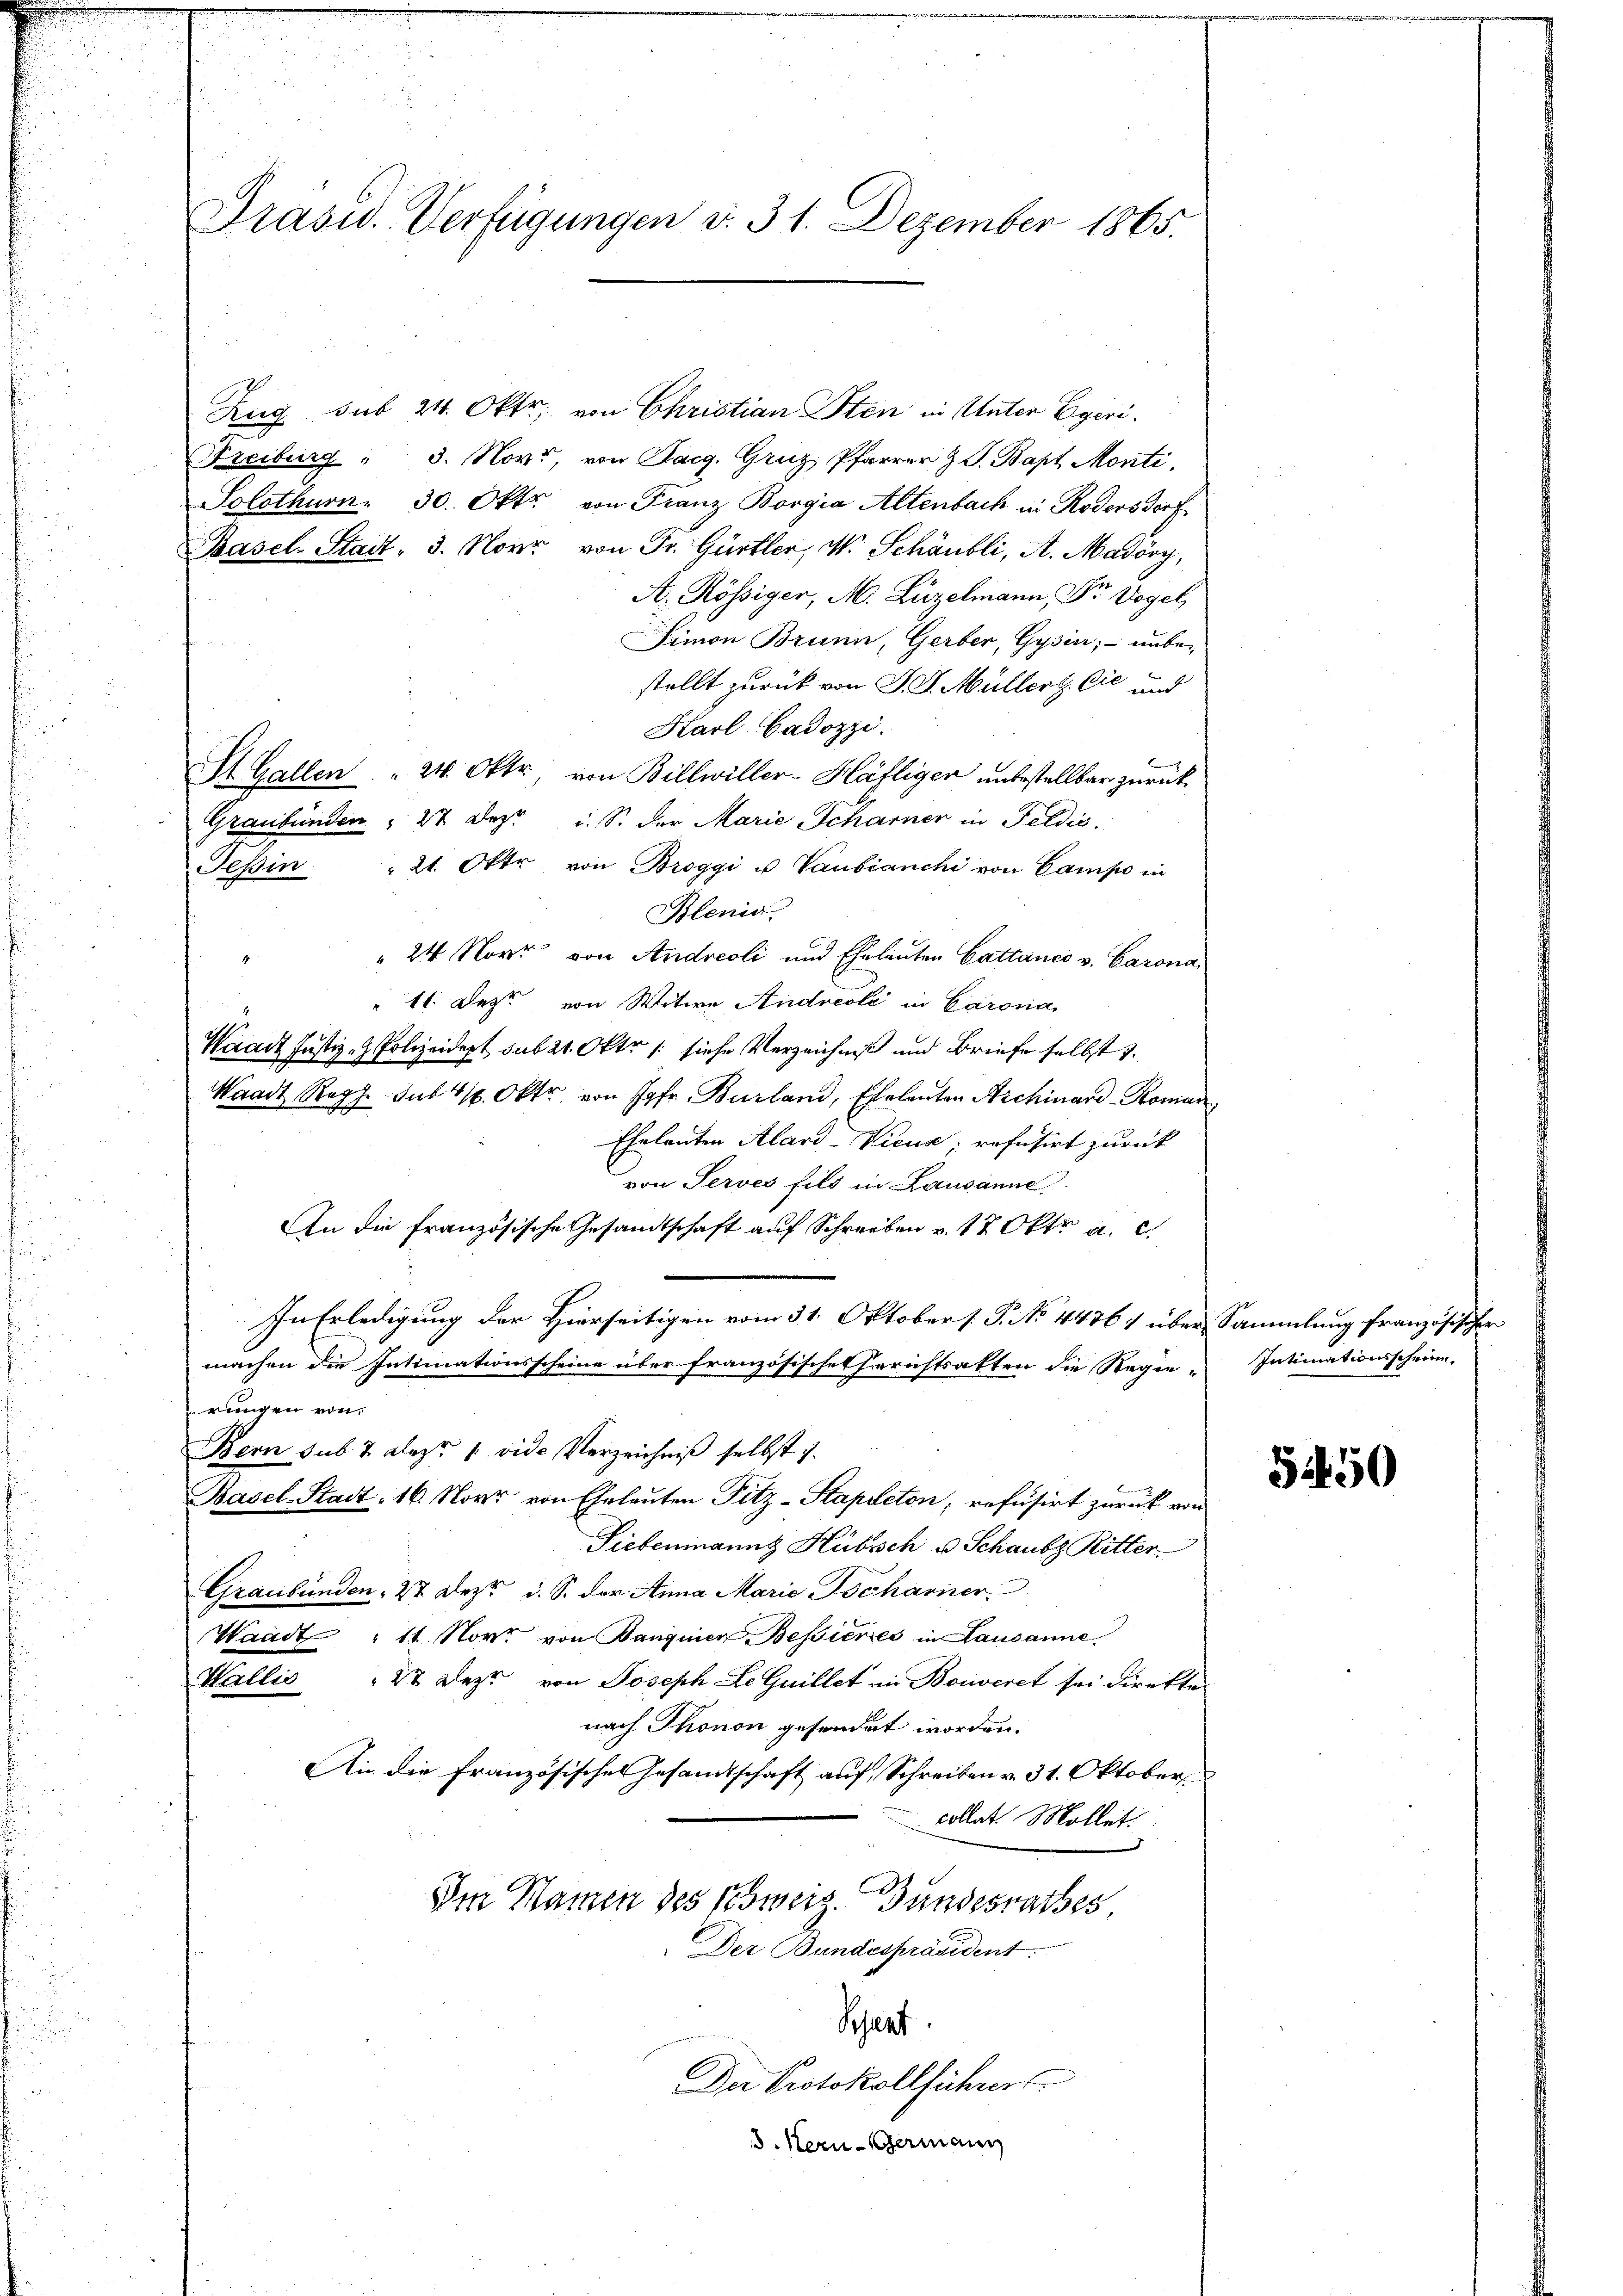
Prasw. Verfügungen v. 31. Dezember 1865.

Zug sub 24. Okt, von Christian Sten in Unter Egeri
Freiburg " 3. Nov., von Sarg. Gruz, Pfarrer & J. Bapt Monti,
Solothurn. 30. Oktr. von Franz Borgia Altenbach in Rödersdorf
Pasel-Stadt, 3. Novr von Fr. Gürtler, M. Schäubli, A. Madöry,
A. Rössiger, M. Luzelmann, Dr Vogel
Simon Brunn, Gerber, Gysier; unbestellt zurück von J. J. Müllers. Cie und
Karl Cadozzi.
St. Gallen . . 24. Oktr, von Billwiller-Häfligen unbestellbar zurück¬
Graubünden " 27 Dez. i. S. der Marie Scharner in Feldić.
Teßin " 21. Oktr von Broggi u Vaubianchi von Campo in
Blenis
 24. Nov. von Andreoli und Eheleuten Cattance v. Carona
 11. Dez. von Witwe, Andreoli in Carona
Waadt Justiz- & Polizeidept sub 21. Oktr /: siehe Verzeichniß und Briefe selbst 1.
Waadt Reg. sub 11. Oktr von Jgfr. Burland, Eheleuten Archivard-Roman
Eheleuten Alard-Vicus, refusirt zurück
von Serves fils in Lausanne
An die französische Gesandtschaft auf Schreiben v. 17 Okt. a. c.
In Erledigung der Hierseitigen vom 31. Oktober f. P. No. 4476. über Sammlung französischer
machen die Intimationsscheine über französisches Gerichtsakten die Regie-Intimationsschri-
einigen von
Bern sub 7. Ales. 1 vide Verzeichniß selbst 7.
Basel-Stadt 16. Nove von Eheleuten Pitz-Stapleton, refusirt zurück von
Siebenmannt Hübsch u Schaubt Ritter
Graubünden, 27 Dez. d. S. der Anna Marie Bochariner
Waadt " 11 Nov. von Banginen Besieres in Lausanne.
Wallis 27 Dez. von Joseph Le Guillet in Bonveret sei direkte
nach Thonon gesondert worden.
Air die französisches Gesandtschaft auf, Schreiben v. 31. Oktober
collat. Mollet.
Im Namen des Psweis Bundesrathes
Der Bundespräsident:
Sjent
Der Protokollführer
d. Kern-Germann

5450